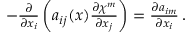
\begin{array} { r } { - \frac { \partial } { \partial x _ { i } } \left( a _ { i j } ( \boldsymbol x ) \frac { \partial \chi ^ { m } } { \partial x _ { j } } \right) = \frac { \partial a _ { i m } } { \partial x _ { i } } \, . } \end{array}